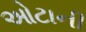
ઓટાની